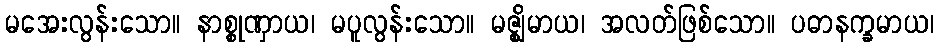
မအေးလွန်းသော။ နာစ္စုဏှာယ၊ မပူလွန်းသော။ မဇ္ဈိမာယ၊ အလတ်ဖြစ်သော။ ပဓာနက္ခမာယ၊